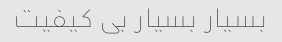
بسیار بسیار بی کیفیت